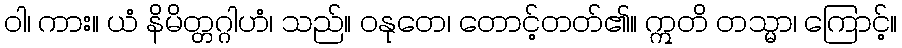
ဝါ၊ ကား။ ယံ နိမိတ္တဂ္ဂါဟံ၊ သည်။ ဝနုတေ၊ တောင့်တတ်၏။ ဣတိ တသ္မာ၊ ကြောင့်။